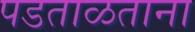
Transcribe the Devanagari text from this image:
पडताळताना